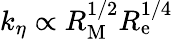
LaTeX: k_{\eta}\propto R_{\mathrm{M}}^{1/2}R_{\mathrm{e}}^{1/4}